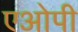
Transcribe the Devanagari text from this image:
एओपी